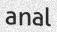
anal